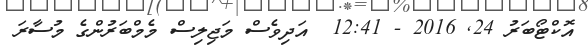
އޮކްޓޯބަރު 24